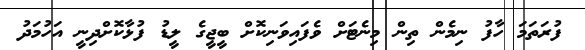
ފުރަތަމަ ހާފު ނިމެން ތިން މިނެޓަށް ވެފައިވަނިކޮށް ބީޖީގެ ލީޑު ފުޅާކޮށްދިނީ އަހުމަދު